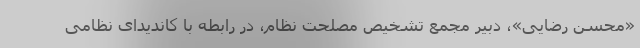
«محسن رضایی»، دبیر مجمع تشخیص مصلحت نظام، در رابطه با کاندیدای نظامی